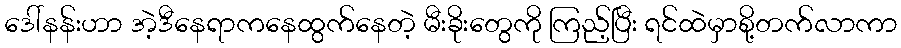
ဒေါ်နန်းဟာ အဲ့ဒီနေရာကနေထွက်နေတဲ့ မီးခိုးတွေကို ကြည့်ပြီး ရင်ထဲမှာစို့တက်လာကာ